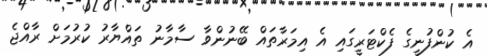
އެ ކުންފުނީގެ ފެކްޓަރީގައި އެ އިމަރާތައް ބޭނުންވާ ސާމާނު ތައްޔާރު ކުރުމަށް ރާއްޖެ